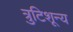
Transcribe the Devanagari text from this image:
त्रुटिशून्य